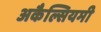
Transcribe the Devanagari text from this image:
अकैल्सियमी